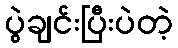
ပွဲချင်းပြီးပဲတဲ့